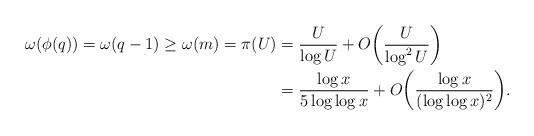
LaTeX: \begin{align*}\omega(\phi(q)) = \omega(q - 1) \ge \omega(m) = \pi(U) &= \frac U{\log U} + O\bigg( \frac U{\log^2 U} \bigg) \\&= \frac{\log x}{5\log\log x} + O\bigg( \frac{\log x}{(\log\log x)^2} \bigg).\end{align*}